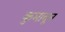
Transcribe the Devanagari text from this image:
कुमावून